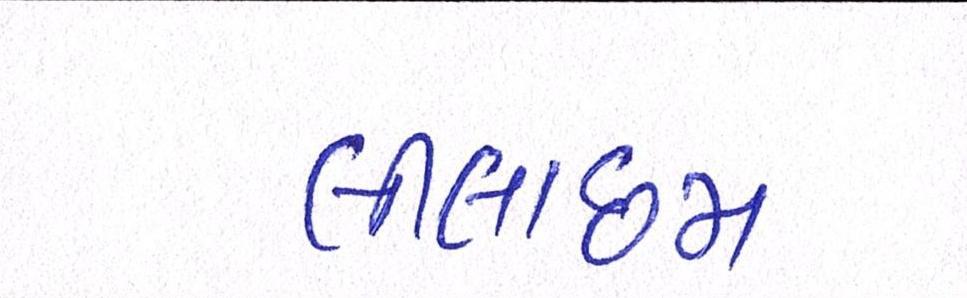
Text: લીલાછમ